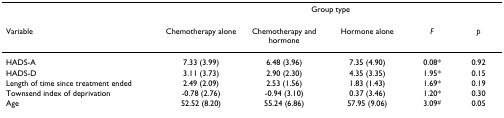
<table><thead><tr><td></td><td colspan="5"><b>Group type</b></td></tr><tr><td><b>Variable</b></td><td><b>Chemotherapy alone</b></td><td><b>Chemotherapy and hormone</b></td><td><b>Hormone alone</b></td><td><b><i>F</i></b></td><td><b><i>p</i></b></td></tr></thead><tbody><tr><td>HADS-A</td><td>7.33 (3.99)</td><td>6.48 (3.96)</td><td>7.35 (4.90)</td><td>0.08*</td><td>0.92</td></tr><tr><td>HADS-D</td><td>3.11 (3.73)</td><td>2.90 (2.30)</td><td>4.35 (3.35)</td><td>1.95*</td><td>0.15</td></tr><tr><td>Length of time since treatment ended</td><td>2.49 (2.09)</td><td>2.53 (1.56)</td><td>1.83 (1.43)</td><td>1.69*</td><td>0.19</td></tr><tr><td>Townsend index of deprivation</td><td>-0.78 (2.76)</td><td>-0.94 (3.10)</td><td>0.37 (3.46)</td><td>1.20*</td><td>0.30</td></tr><tr><td>Age</td><td>52.52 (8.20)</td><td>55.24 (6.86)</td><td>57.95 (9.06)</td><td>3.09<sup>#</sup></td><td>0.05</td></tr></tbody></table>